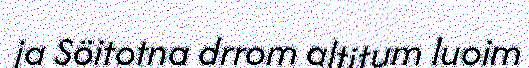
ja Söitotna drrom altitum luoim